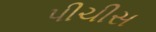
પીચીસ